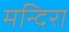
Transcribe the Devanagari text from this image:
मन्दिरा